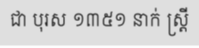
ជា បុរស ១៣៥១ នាក់ ស្ត្រី